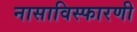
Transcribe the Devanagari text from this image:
नासाविस्फारणी